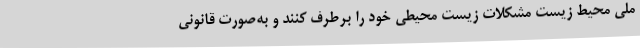
ملی محیط زیست مشکلات زیست محیطی خود را برطرف کنند و به‌صورت قانونی